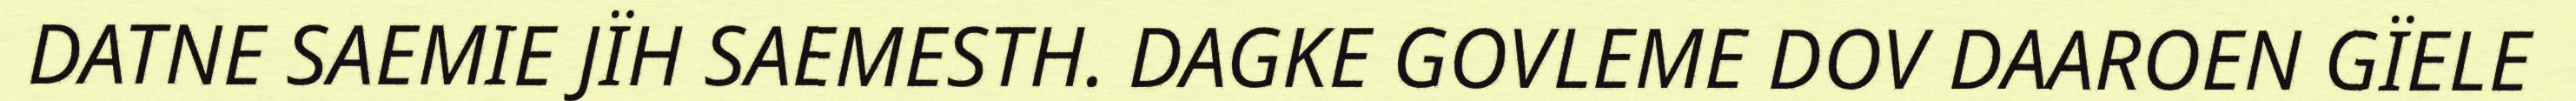
DATNE SAEMIE JÏH SAEMESTH. DAGKE GOVLEME DOV DAAROEN GÏELE